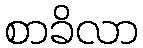
စာခိလာ